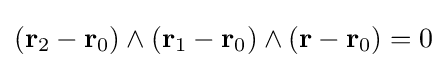
({\mathbf {r} }_{2}-{\mathbf {r} }_{0})\wedge ({\mathbf {r} }_{1}-{\mathbf {r} }_{0})\wedge ({\mathbf {r} }-{\mathbf {r} }_{0})=0